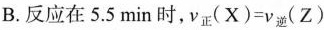
B.反应在5.5min时，$$ν _ { 正 } ( X ) = ν _ { 逆 } ( Z )$$